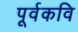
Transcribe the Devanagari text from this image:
पूर्वकवि